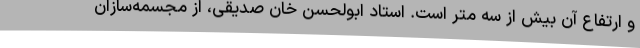
و ارتفاع آن بیش از سه متر است. استاد ابولحسن خان صدیقی، از مجسمه‌سازان